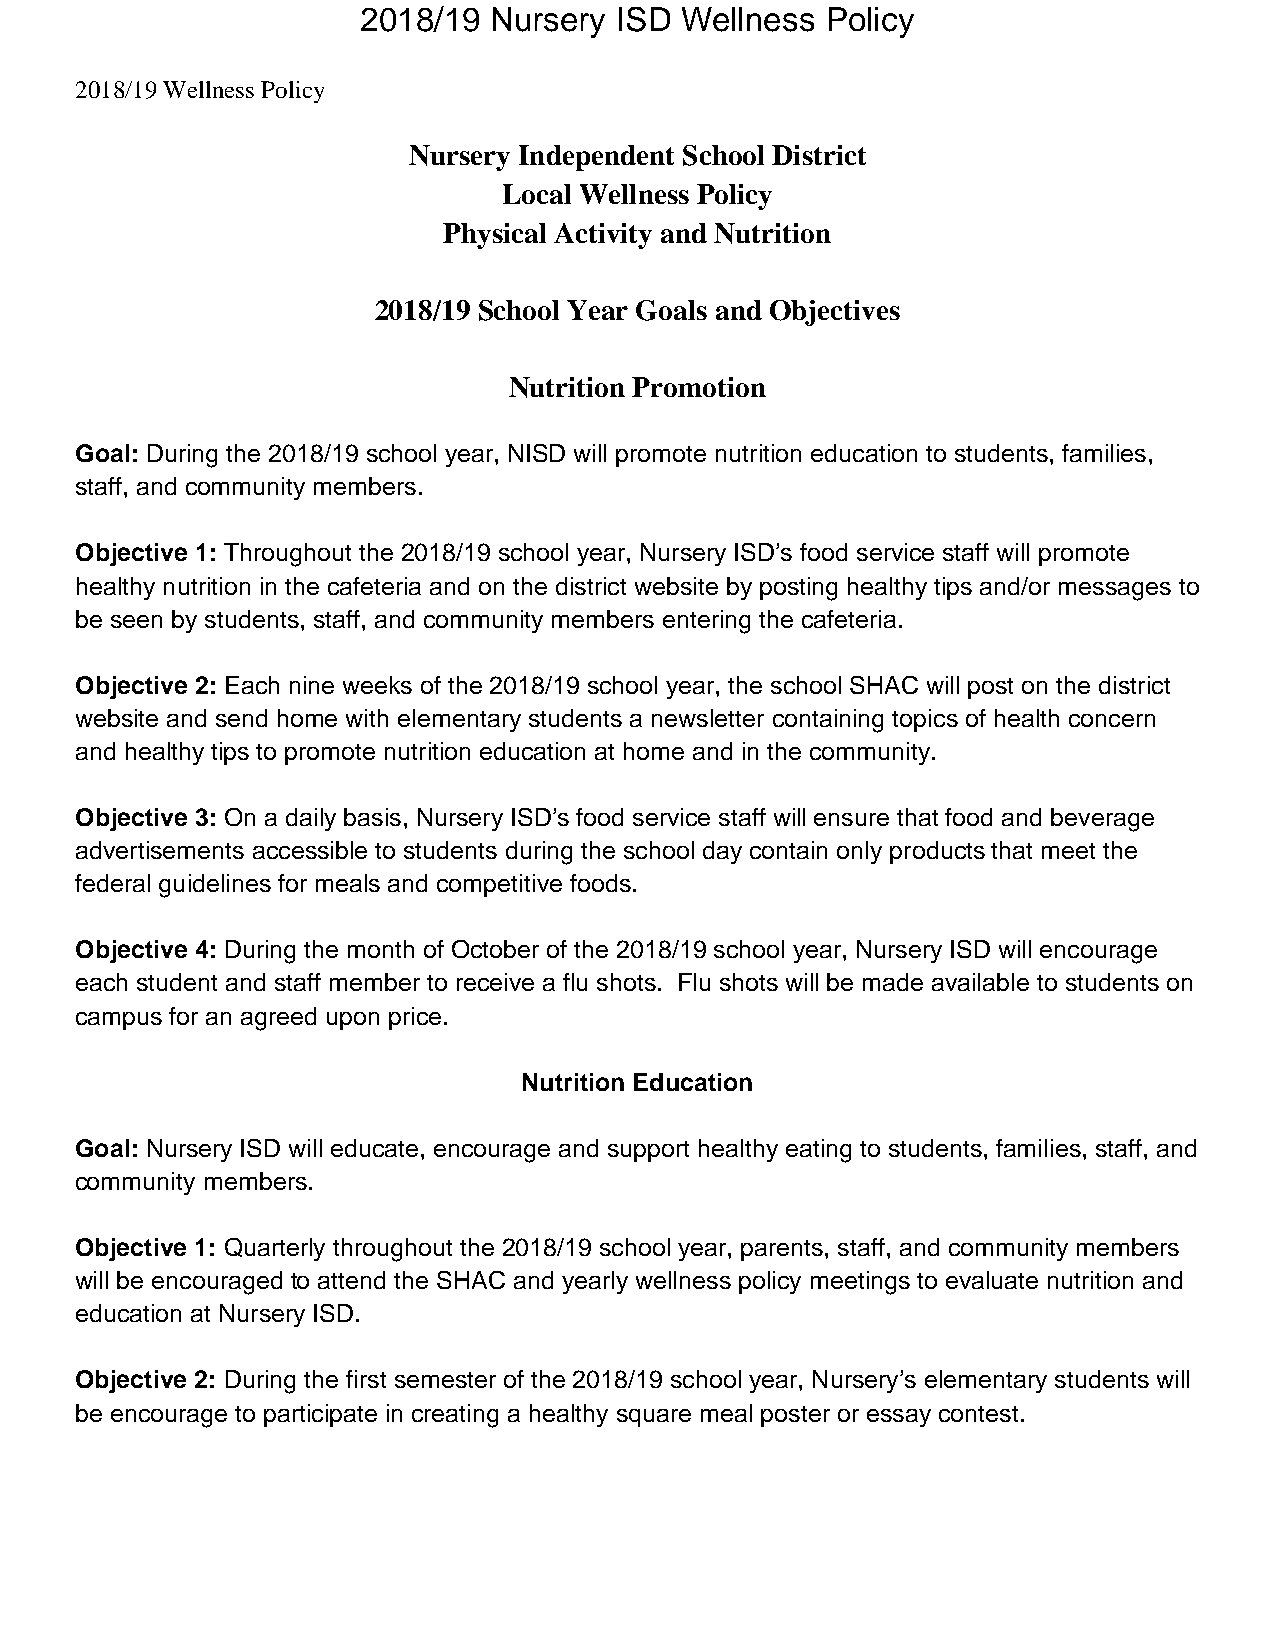
2018/19 Nursery  ISD Wellness  Policy
 2018/19 Wellness Policy
 Nursery Independent School District
 Local Wellness Policy
 Physical Activity and Nutrition
 2018/19 School Year Goals and Objectives
 Nutrition Promotion
 Goal: During the 2018/19 school year, NISD will promote nutrition education to students, families,
 staff, and community members.
 Objective 1: Throughout the 2018/19 school year, Nursery ISD’s food service staff will promote
 healthy nutrition in the cafeteria and on the district website by posting healthy tips and/or messages to
 be seen by students, staff, and community members entering the cafeteria.
 Objective 2: Each nine weeks of the 2018/19 school year, the school SHAC will post on the district
 website and send home with elementary students a newsletter containing topics of health concern
 and healthy tips to promote nutrition education at home and in the community.
 Objective 3: On a daily basis, Nursery ISD’s food service staff will ensure that food and beverage
 advertisements accessible to students during the school day contain only products that meet the
 federal guidelines for meals and competitive foods.
 Objective 4: During the month of October of the 2018/19 school year, Nursery ISD will encourage
 each student and staff member to receive a flu shots. Flu shots will be made available to students on
 campus for an agreed upon price.
 Nutrition Education
 Goal: Nursery ISD will educate, encourage and support healthy eating to students, families, staff, and
 community members.
 Objective 1: Quarterly throughout the 2018/19 school year, parents, staff, and community members
 will be encouraged to attend the SHAC and yearly wellness policy meetings to evaluate nutrition and
 education at Nursery ISD.
 Objective 2: During the first semester of the 2018/19 school year, Nursery’s elementary students will
 be encourage to participate in creating a healthy square meal poster or essay contest.